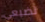
تضيعي